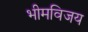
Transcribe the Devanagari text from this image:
भीमविजय